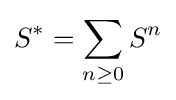
S^{*}=\sum _{n\geq 0}S^{n}